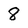
Character: 8